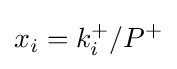
x_{i}={k_{i}^{+}/P^{+}}